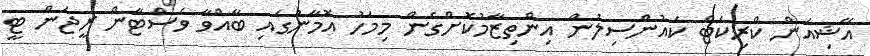
އޭޝިއަން ކްރިކެޓް ކައުންސިލުން އިންތިޒާމުކޮށްގެން މިމަހު އޮމާނުގައި ބާއްވާ ވެސްޓާން ރީޖަން ޓީ